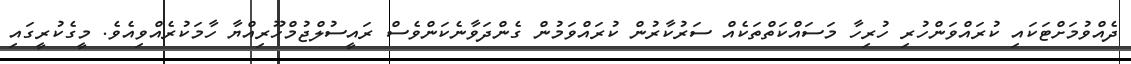
ދެއްވުމަށްޓަކައި ކުރައްވަންހުރި ހުރިހާ މަސައްކަތްތަކެއް ސަރުކާރުން ކުރައްވަމުން ގެންދަވާނެކަންވެސް ރައީސުލްޖުމްހޫރިއްޔާ ހާމަކުރެއްވިއެވެ. މީގެކުރީގައި